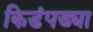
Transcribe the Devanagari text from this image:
किडंपड्या